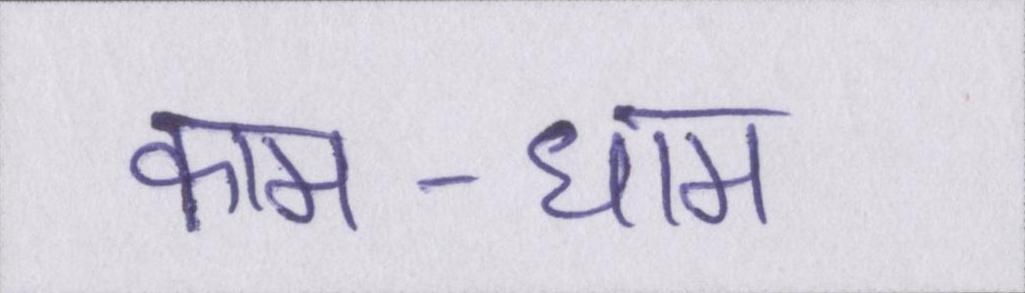
काम-धाम